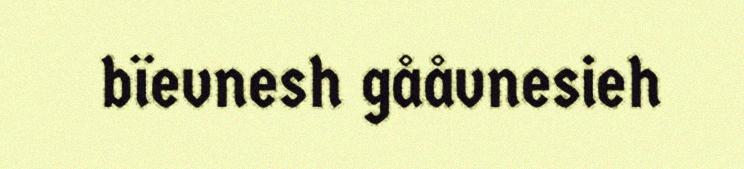
bïevnesh gååvnesieh